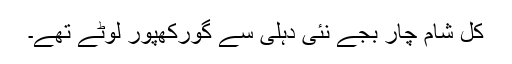
کل شام چار بجے نئی دہلی سے گورکھپور لوٹے تھے۔